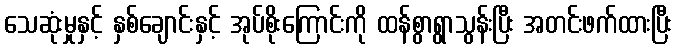
သေဆုံးမှုနှင့် နှစ်ချောင်းနှင့် အုပ်စိုးကြောင်းကို ထန်စွာရွာသွန်းပြီး အတင်းဖက်ထားပြီး